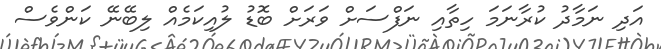
އަދި ނަމާދު ކުރާނަމަ ހިތާއި ނަފްސަށް ވަރަށް ބޮޑު ލުއިކަމެއް ލިބޭނޭ ކަންވެސް